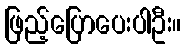
ဖြည့်ပြောပေးပါဦး။